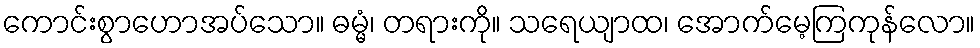
ကောင်းစွာဟောအပ်သော။ ဓမ္မံ၊ တရားကို။ သရေယျာထ၊ အောက်မေ့ကြကုန်လော။